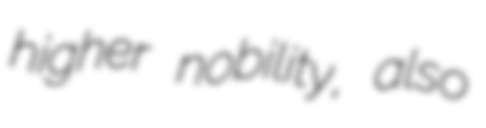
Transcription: higher nobility, also